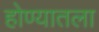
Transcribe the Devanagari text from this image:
होण्यातला